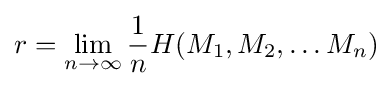
r=\lim _{n\to \infty }{\frac {1}{n}}H(M_{1},M_{2},\dots M_{n})